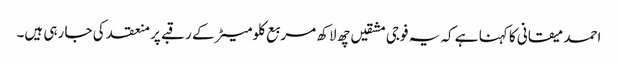
احمد میقانی کا کہنا ہے کہ یہ فوجی مشقیں چھ لاکھ مربع کلومیٹر کے رقبے پر منعقد کی جا رہی ہیں۔